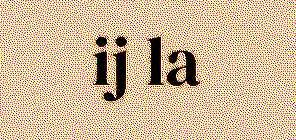
ij la